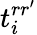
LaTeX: t_{i}^{rr^{\prime}}